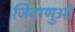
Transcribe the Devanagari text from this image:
जिवाणुओं